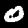
Digit: 0